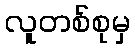
လူတစ်စုမှ